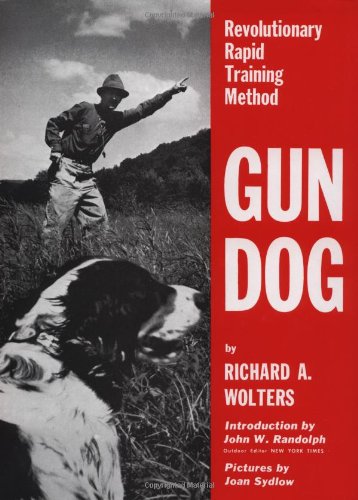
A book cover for Gun Dog: Revolutionary Rapid Training Method; Richard A. Wolters; Crafts, Hobbies & Home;